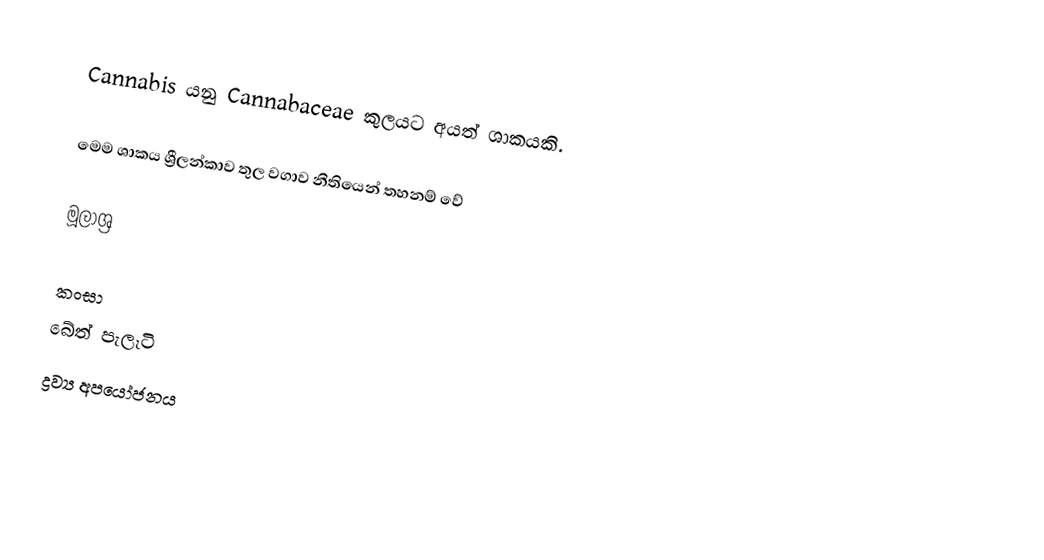
Cannabis යනු Cannabaceae කුලයට අයත් ශාකයකි.

මෙම ශාකය ශ්‍රීලන්කාව තුල වගාව නීතියෙන් තහනම් වේ

මූලාශ්‍ර

කංසා
බේත් පැලෑටි
ද්‍රව්‍ය අපයෝජනය